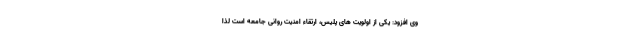
وی افزود: یکی از اولویت های پلیس، ارتقاء امنیت روانی جامعه است لذا